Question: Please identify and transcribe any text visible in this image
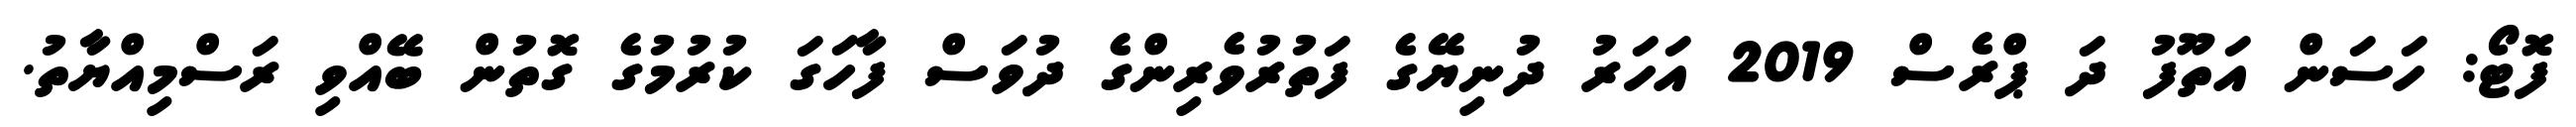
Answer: ފޮޓޯ: ހަސަން އަތޫފު ދަ ޕްރެސް 2019 އަހަރު ދުނިޔޭގެ ފަތުރުވެރިންގެ ދުވަސް ފާހަގަ ކުރުމުގެ ގޮތުން ބޭއްވި ރަސްމިއްޔާތު.